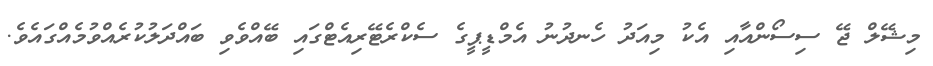
މިޝޭލް ޖޭ ސިސޯންއާއި އެކު މިއަދު ހެނދުނު އެމްޑީޕީގެ ސެކްރެޓޭރިއެޓްގައި ބޭއްވެވި ބައްދަލުކުރެއްވުމެއްގައެވެ.